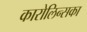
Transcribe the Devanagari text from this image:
कारोलिन्सका